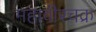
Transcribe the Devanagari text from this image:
महावीरचक्र